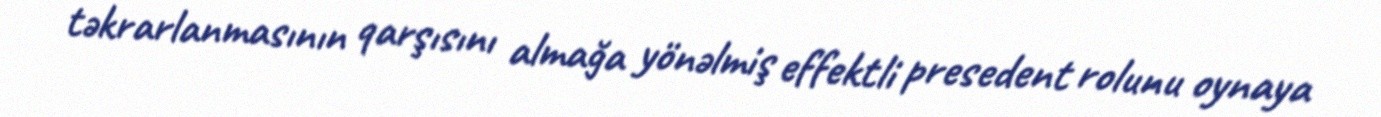
təkrarlanmasının qarşısını almağa yönəlmiş effektli presedent rolunu oynaya